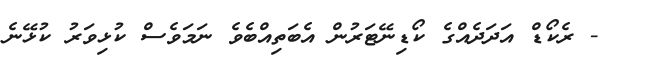
- ރެކޯޑް އަދަދެއްގެ ކޯޑިނޭޓަރުން އެބަތިއްބެވެ ނަމަވެސް ކުޅިވަރު ކުޅޭނެ